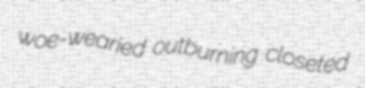
woe-wearied outburning closeted